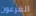
الفرعون